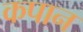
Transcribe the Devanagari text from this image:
कपान